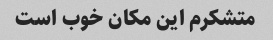
متشکرم این مکان خوب است